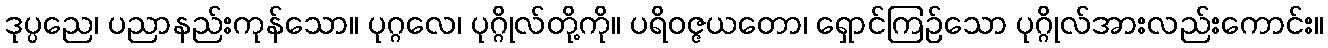
ဒုပ္ပညေ၊ ပညာနည်းကုန်သော။ ပုဂ္ဂလေ၊ ပုဂ္ဂိုလ်တို့ကို။ ပရိဝဇ္ဇယတော၊ ရှောင်ကြဉ်သော ပုဂ္ဂိုလ်အားလည်းကောင်း။